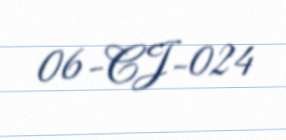
06-CJ-024